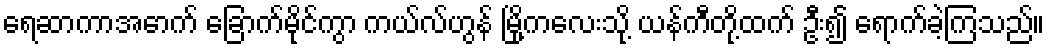
ရေဆာကာအောက် ခြောက်မိုင်ကွာ ကယ်လ်ဟွန် မြို့ကလေးသို့ ယန်ကီတို့ထက် ဦး၍ ရောက်ခဲ့ကြသည်။